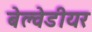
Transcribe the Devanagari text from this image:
बेल्वेडीयर